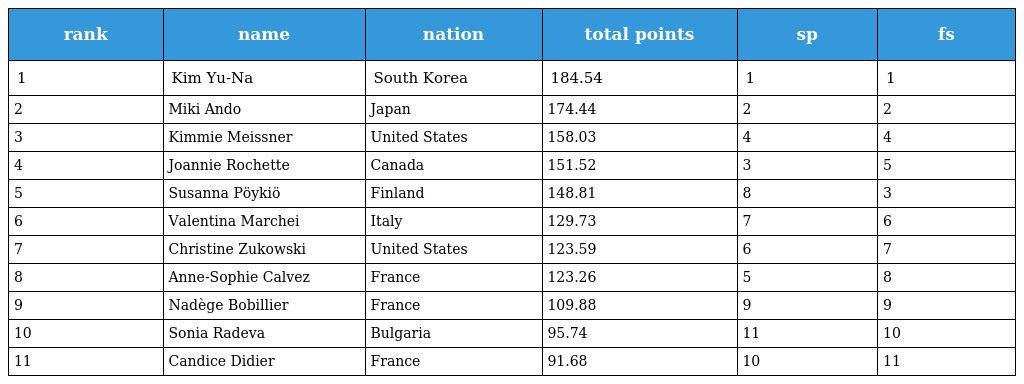
| rank | name | nation | total points | sp | fs |
 | --- | --- | --- | --- | --- | --- |
 | 1 | Kim Yu-Na | South Korea | 184.54 | 1 | 1 |
 | 2 | Miki Ando | Japan | 174.44 | 2 | 2 |
 | 3 | Kimmie Meissner | United States | 158.03 | 4 | 4 |
 | 4 | Joannie Rochette | Canada | 151.52 | 3 | 5 |
 | 5 | Susanna Pöykiö | Finland | 148.81 | 8 | 3 |
 | 6 | Valentina Marchei | Italy | 129.73 | 7 | 6 |
 | 7 | Christine Zukowski | United States | 123.59 | 6 | 7 |
 | 8 | Anne-Sophie Calvez | France | 123.26 | 5 | 8 |
 | 9 | Nadège Bobillier | France | 109.88 | 9 | 9 |
 | 10 | Sonia Radeva | Bulgaria | 95.74 | 11 | 10 |
 | 11 | Candice Didier | France | 91.68 | 10 | 11 |